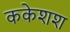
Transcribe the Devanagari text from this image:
ककेशश